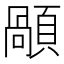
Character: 䫚